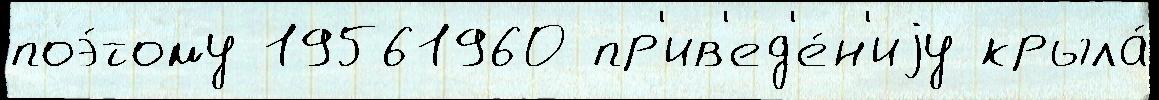
поэ́тому 19561960 пр'ив'ед'е́н'иjу крыла́